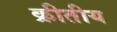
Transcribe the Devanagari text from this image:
क्रीतीय